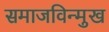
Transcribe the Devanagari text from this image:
समाजविन्मुख